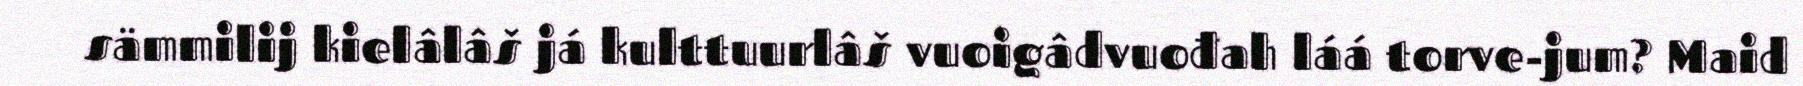
sämmilij kielâlâš já kulttuurlâš vuoigâdvuođah láá torve-jum? Maid